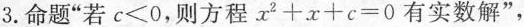
3.命题”若c≤0，则方程x^{2}+x+c=0有实数解”，